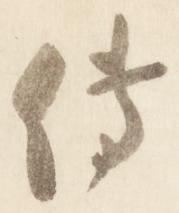
伝